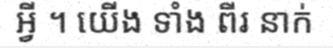
អ្វី ។ យើង ទាំង ពីរ នាក់